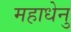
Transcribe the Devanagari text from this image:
महाधेनु